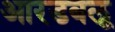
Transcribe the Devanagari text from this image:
आरडबलू